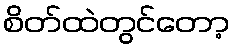
စိတ်ထဲတွင်တော့